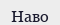
Наво